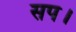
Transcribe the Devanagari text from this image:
सप।